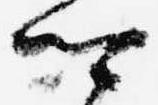
卿